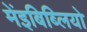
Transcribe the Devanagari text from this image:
मेंइबिब्लियो